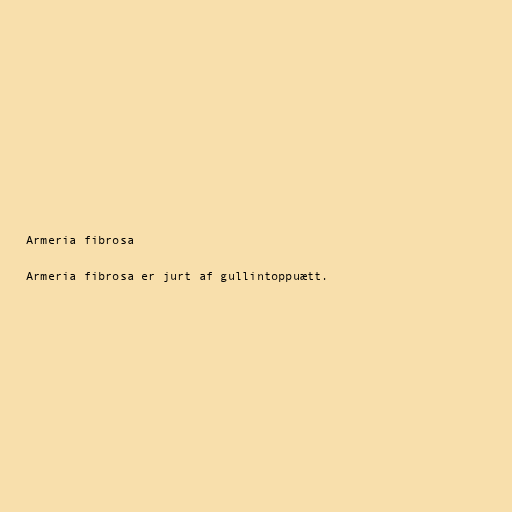
Armeria fibrosa

Armeria fibrosa er jurt af gullintoppuætt.